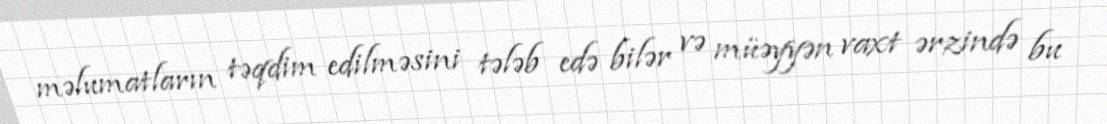
məlumatların təqdim edilməsini tələb edə bilər və müəyyən vaxt ərzində bu